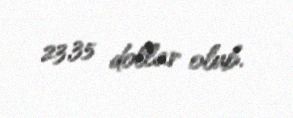
23,35 dollar olub.